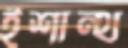
ইশান্থ